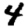
Digit: 4